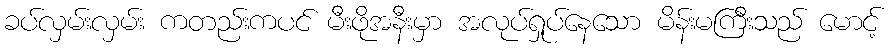
ခပ်လှမ်းလှမ်း ကတည်းကပင် မီးဖိုအနီးမှာ အလုပ်ရှုပ်နေသော မိန်းမကြီးသည် မောင့်